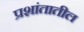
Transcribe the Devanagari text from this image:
प्रशांतातील